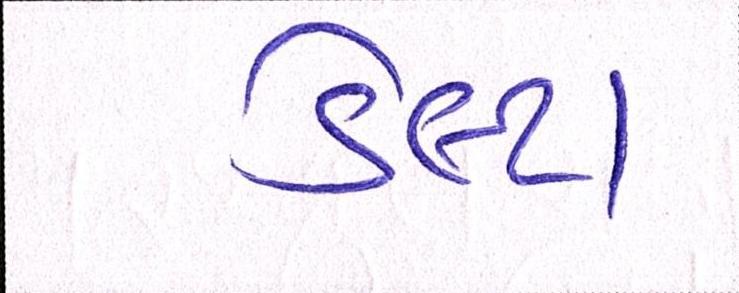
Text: ડેલ્ટા